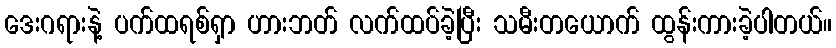
ဒေးဂရားနဲ့ ပက်ထရစ်ရှာ ဟားဘတ် လက်ထပ်ခဲ့ပြီး သမီးတယောက် ထွန်းကားခဲ့ပါတယ်။